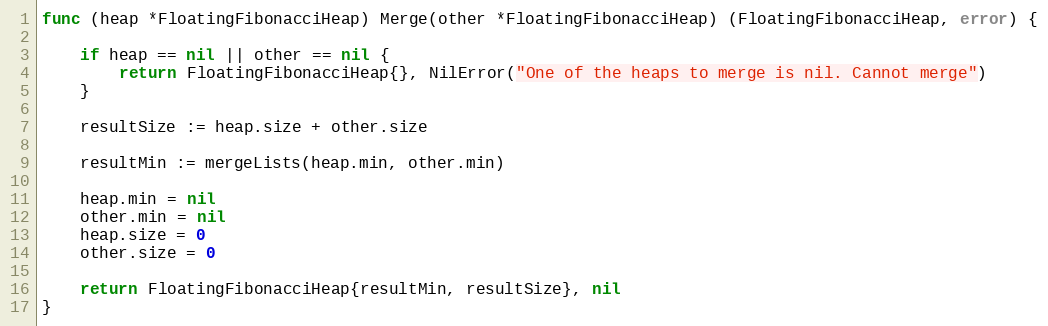
Language: Go
func (heap *FloatingFibonacciHeap) Merge(other *FloatingFibonacciHeap) (FloatingFibonacciHeap, error) {

	if heap == nil || other == nil {
		return FloatingFibonacciHeap{}, NilError("One of the heaps to merge is nil. Cannot merge")
	}

	resultSize := heap.size + other.size

	resultMin := mergeLists(heap.min, other.min)

	heap.min = nil
	other.min = nil
	heap.size = 0
	other.size = 0

	return FloatingFibonacciHeap{resultMin, resultSize}, nil
}